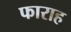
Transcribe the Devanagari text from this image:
फाराह